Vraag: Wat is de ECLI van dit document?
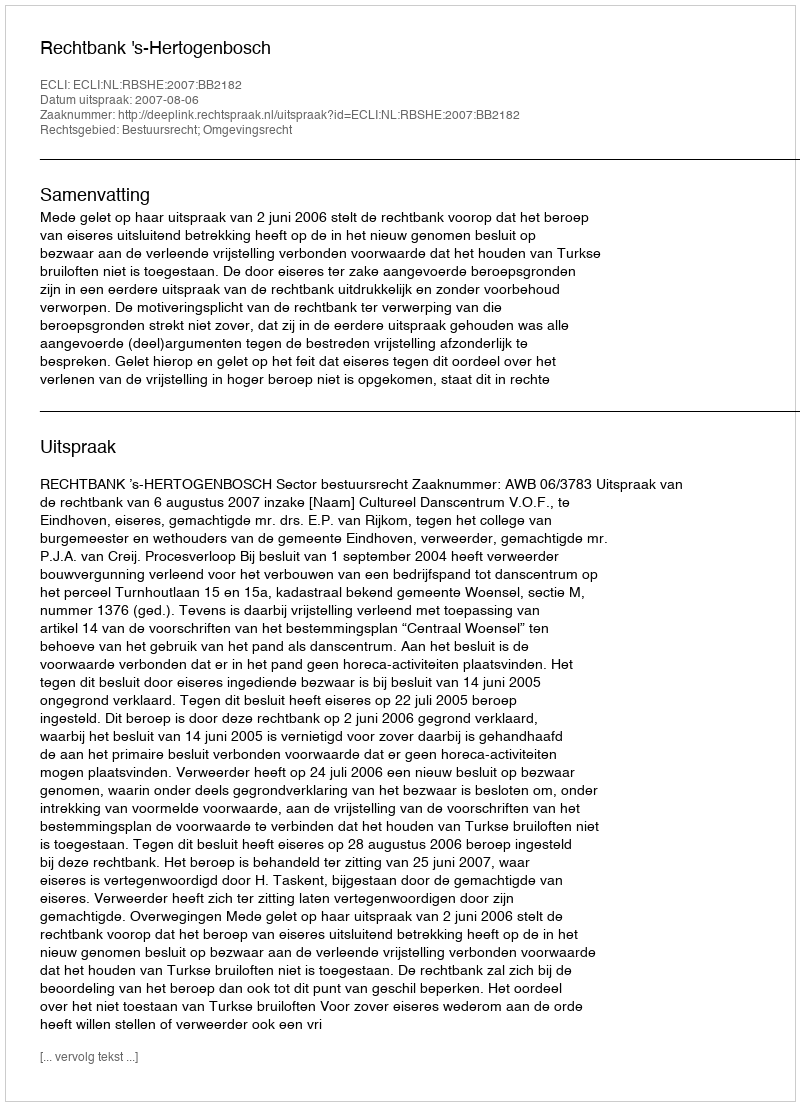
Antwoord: ECLI:NL:RBSHE:2007:BB2182